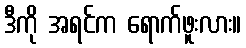
ဒီကို အရင်က ရောက်ဖူးလား။